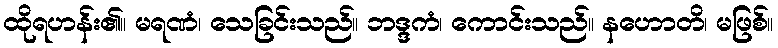
ထိုရဟန်း၏။ မရဏံ၊ သေခြင်းသည်။ ဘဒ္ဒကံ၊ ကောင်းသည်။ နဟောတိ၊ မဖြစ်။